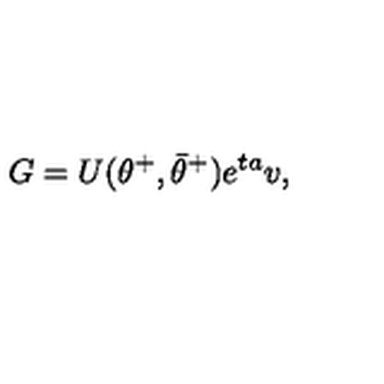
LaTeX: G = U ( \theta ^ { + } , \bar { \theta } ^ { + } ) e ^ { t a } v ,